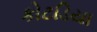
કોટડિયા